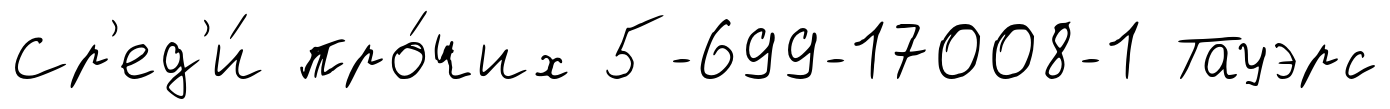
Ср'ед'и́ про́чих 5-699-17008-1 Тауэрс